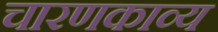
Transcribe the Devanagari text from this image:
चारणकाव्य